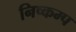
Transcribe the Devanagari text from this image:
निष्कम्प